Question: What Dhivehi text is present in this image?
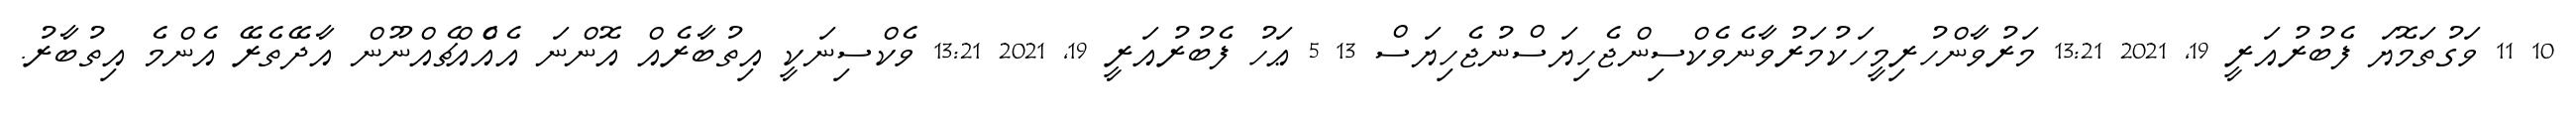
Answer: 10 11 ވަގުތަމޮޔަ ފެބުރުއަރީ 19, 2021 13:21 މަރުވާންހުރިމީހަކުމަރުވާނެވެކްސިންޖެހިޔަސްނުޖެހިޔަސް 13 5 ޢަހު ފެބުރުއަރީ 19, 2021 13:21 ވެކްސިނަކީ އިތުބާރެއް އޮންނަ އެއްެއްޗެއްނޫން އާދޭތެރޭ އެންމެ އިތުބާރު.